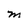
Character: M